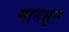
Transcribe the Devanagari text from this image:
मानसुन